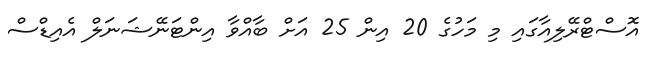
އޮސްޓްރޭލިއާގައި މި މަހުގެ 20 އިން 25 އަށް ބާއްވާ އިންޓަނޭޝަނަލް އެއިޑްސް